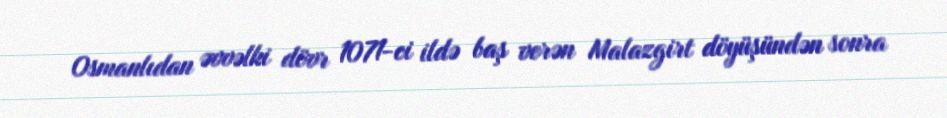
Osmanlıdan əvvəlki dövr 1071-ci ildə baş verən Malazgirt döyüşündən sonra